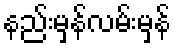
နည်းမှန်လမ်းမှန်